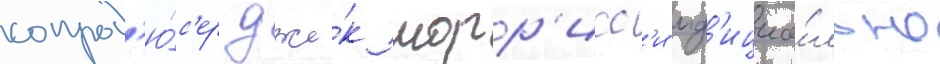
сопрод'ю́с'ер дже́к морр'исс'и оф'ициа́льно